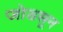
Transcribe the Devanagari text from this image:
जोडसून